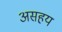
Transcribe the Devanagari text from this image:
असहय